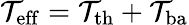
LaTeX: \mathcal{T}_{\mathrm{{eff}}}=\mathcal{T}_{\mathrm{{th}}}+\mathcal{T}_{\mathrm{{ba}}}